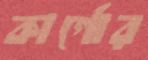
কার্গোর